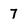
Character: 7